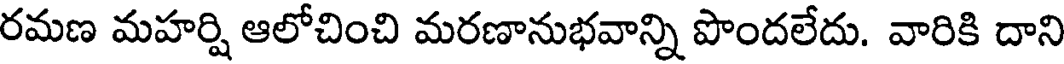
రమణ మహర్షి ఆలోచించి మరణానుభవాన్ని పొందలేదు. వారికి దాని